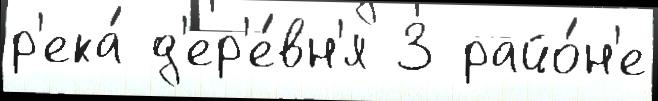
р'ека́ д'ер'е́вн'я 3 райо́н'е